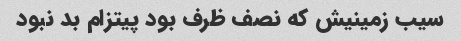
سیب زمینیش که نصف ظرف بود پیتزام بد نبود